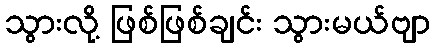
သွားလို့ ဖြစ်ဖြစ်ချင်း သွားမယ်ဗျာ